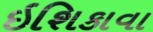
ઇશિકાવા